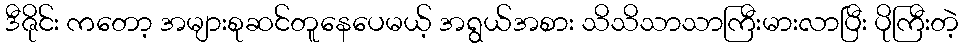
ဒီဇိုင်း ကတော့ အများစုဆင်တူနေပေမယ့် အရွယ်အစား သိသိသာသာကြီးမားလာပြီး ပိုကြီးတဲ့